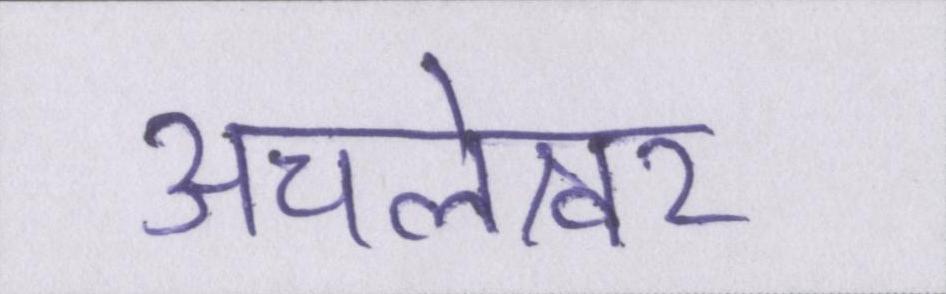
अचलेश्वर